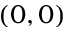
( 0 , 0 )